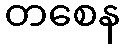
တစေန